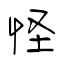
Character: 怪